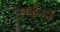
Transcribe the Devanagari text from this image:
लाईनने